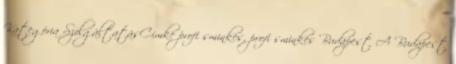
Kategória SzolgáltatásCímke profi sminkes, profi sminkes Budapest A Budapest